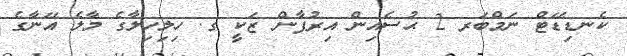
ކެނޑިޑޭޓް ނަމްބަރ 2 ޙުސެއިން އިރުފާން ޒަކީ ގ. ހިލިހިލާގެ މާލެ އޭނާގެ